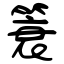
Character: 簑